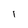
Character: 1